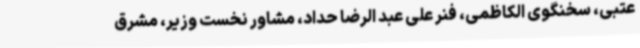
عتبی، سخنگوی الکاظمی، فنر علی عبد الرضا حداد، مشاور نخست وزیر، مشرق